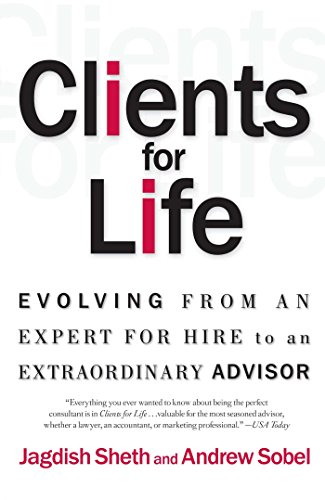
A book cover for Clients for Life: Evolving from an Expert-for-Hire to an Extraordinary Adviser; Jagdish N. Sheth; Business & Money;